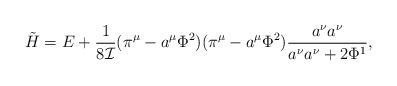
LaTeX: \begin{align*}\tilde{H}= E +\frac{1}{8{\cal I}}(\pi^{\mu}-a^{\mu}\Phi^{2})(\pi^{\mu}-a^{\mu}\Phi^{2})\frac{a^{\nu}a^{\nu}}{a^{\nu}a^{\nu}+2\Phi^{1}},\end{align*}